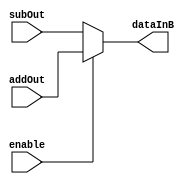
module mux2To1(addOut, subOut, enable, dataInB);

input [7:0] addOut;
input [7:0] subOut;
input enable;
output [7:0] dataInB;

reg [7:0] dataInB;

always @(addOut or subOut or enable)
begin
	if (enable == 1'b0)
	 dataInB = subOut;
	else
	 dataInB = addOut;
end
endmodule